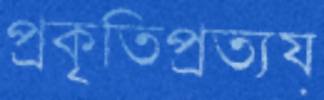
প্রকৃতিপ্রত্যয়